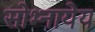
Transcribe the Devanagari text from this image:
सोभ्नायेय